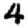
Digit: 4